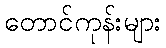
တောင်ကုန်းများ